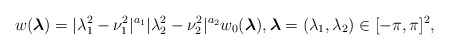
\begin{align*} w(\boldsymbol{\lambda})= |\lambda_1^2-\nu_1^2|^{a_1}|\lambda_2^2-\nu_2^2|^{a_2}w_0(\boldsymbol{\lambda}), \boldsymbol{\lambda}=(\lambda_{1},\lambda_{2})\in [-\pi,\pi]^{2}, \end{align*}